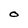
Character: O